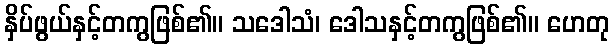
နှိပ်ဖွယ်နှင့်တကွဖြစ်၏။ သဒေါသံ၊ ဒေါသနှင့်တကွဖြစ်၏။ ဟေတု